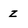
Character: Z